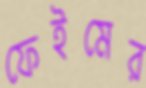
ফেইমের